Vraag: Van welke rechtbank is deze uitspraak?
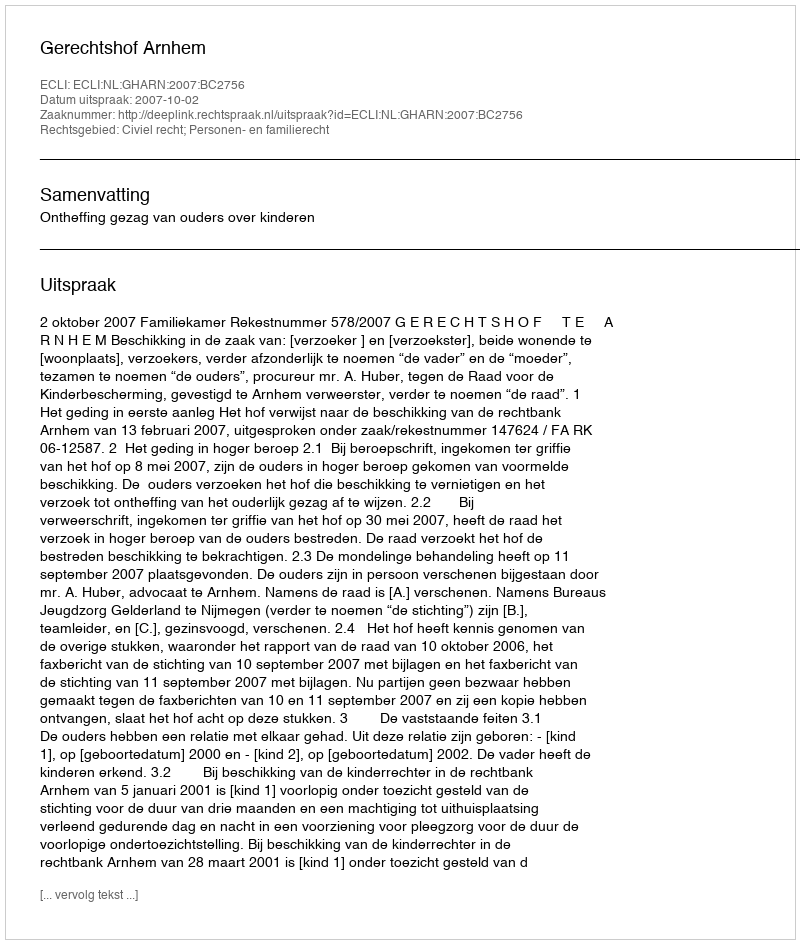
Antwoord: Gerechtshof Arnhem